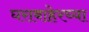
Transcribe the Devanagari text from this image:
घराबाहेरच्या